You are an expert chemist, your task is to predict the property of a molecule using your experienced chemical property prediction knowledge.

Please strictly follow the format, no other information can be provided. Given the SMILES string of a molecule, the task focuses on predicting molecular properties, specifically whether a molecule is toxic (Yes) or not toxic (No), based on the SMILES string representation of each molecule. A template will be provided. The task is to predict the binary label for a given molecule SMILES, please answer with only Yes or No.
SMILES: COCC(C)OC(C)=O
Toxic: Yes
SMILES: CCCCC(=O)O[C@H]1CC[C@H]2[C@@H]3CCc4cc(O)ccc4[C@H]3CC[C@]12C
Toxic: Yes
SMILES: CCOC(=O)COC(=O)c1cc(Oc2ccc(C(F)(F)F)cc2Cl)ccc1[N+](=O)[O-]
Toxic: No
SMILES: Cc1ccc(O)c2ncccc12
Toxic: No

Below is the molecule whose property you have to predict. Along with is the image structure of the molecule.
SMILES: CNCCC(Oc1ccccc1OC)c1ccccc1
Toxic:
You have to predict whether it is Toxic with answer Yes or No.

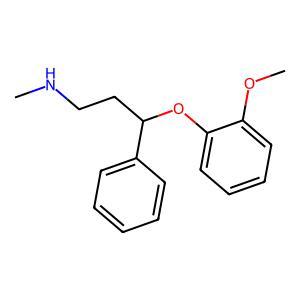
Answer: No